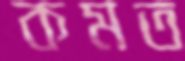
কমত